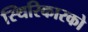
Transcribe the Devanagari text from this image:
स्थिरिकारको